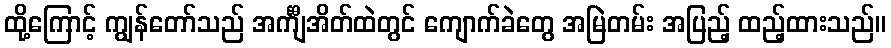
ထို့ကြောင့် ကျွန်တော်သည် အင်္ကျီအိတ်ထဲတွင် ကျောက်ခဲတွေ အမြဲတမ်း အပြည့် ထည့်ထားသည်။